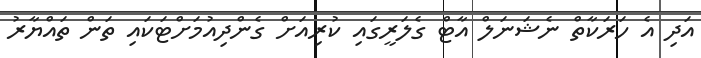
އަދި އެ ހަރަކާތް ނެޝަނަލް އާޓް ގެލަރީގައި ކުރިއަށް ގެންދިއުމަށްޓަކައި ތަން ތައްޔާރު